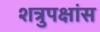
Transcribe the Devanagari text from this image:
शत्रुपक्षांस